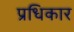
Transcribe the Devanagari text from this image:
प्रधिकार